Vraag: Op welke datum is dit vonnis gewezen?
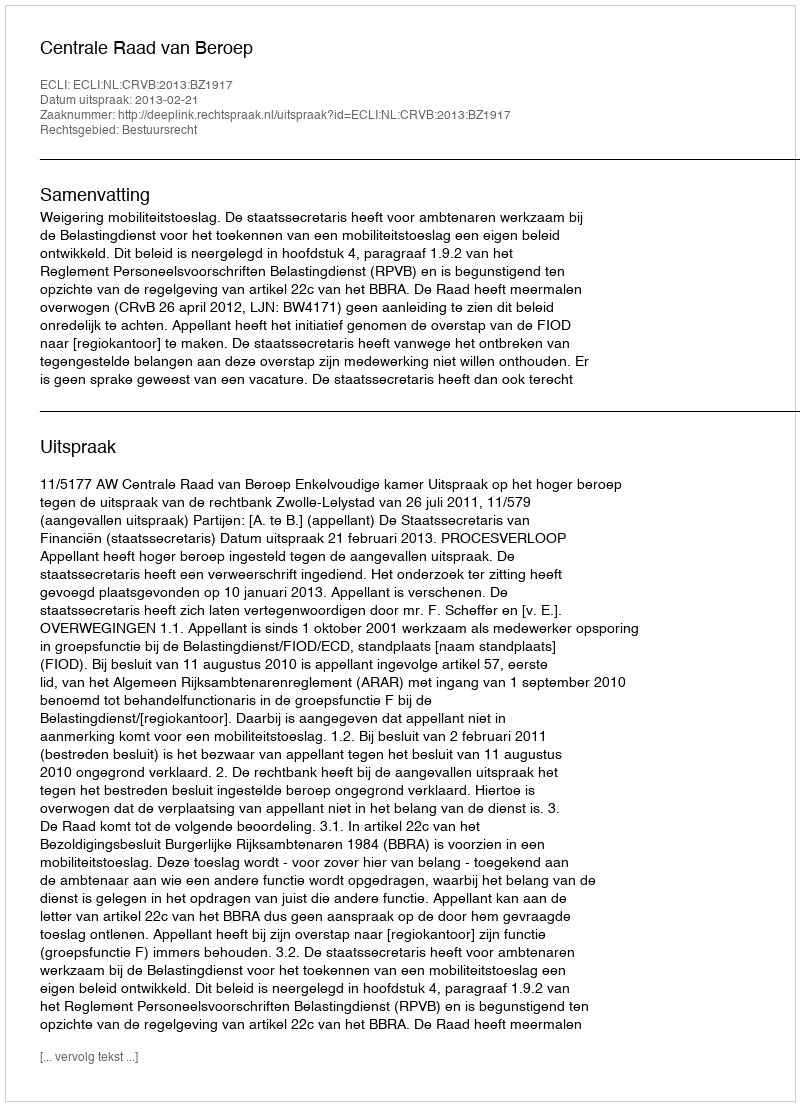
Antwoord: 2013-02-21